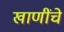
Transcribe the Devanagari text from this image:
खाणींचे